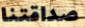
صداقتنا